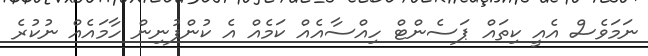
ނަމަވެސް އެއީ ކިތައް ޕަސެންޓް ހިއްސާއެއް ކަމެއް އެ ކުންފުނިން ހާމައެއް ނުކުރެ